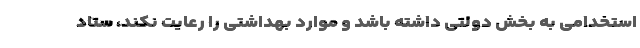
استخدامی به بخش دولتی داشته باشد و موارد بهداشتی را رعایت نکند، ستاد